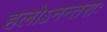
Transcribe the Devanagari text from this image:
हलोऽनन्तराः